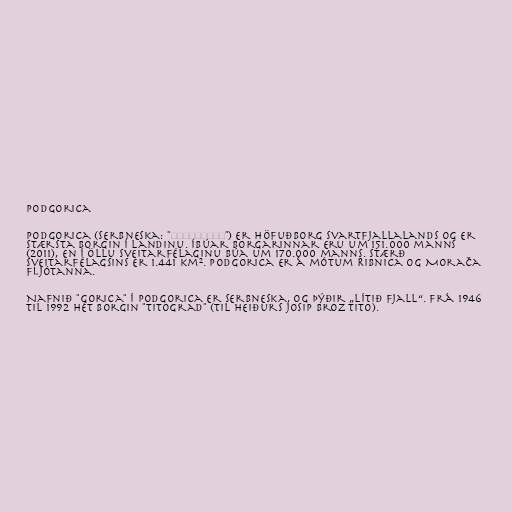
Podgorica

Podgorica (serbneska: "Подгорица") er höfuðborg Svartfjallalands og er
stærsta borgin í landinu. Íbúar borgarinnar eru um 151.000 manns
(2011), en í öllu sveitarfélaginu búa um 170.000 manns. Stærð
sveitarfélagsins er 1.441 km². Podgorica er á mótum Ribnica og Morača
fljótanna.

Nafnið "Gorica" í Podgorica er serbneska, og þýðir „lítið fjall“. Frá 1946
til 1992 hét borgin "Titograd" (til heiðurs Josip Broz Tito).